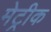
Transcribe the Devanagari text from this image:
मेट्रीक